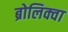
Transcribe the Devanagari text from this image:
ब्रोलिक्वा